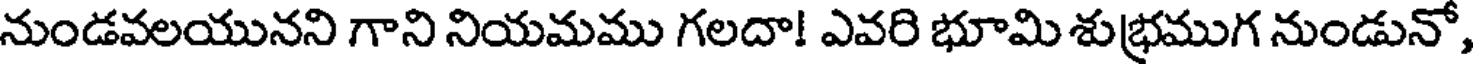
నుండవలయునని గాని నియమము గలదా! ఎవరి భూమి శుభ్రముగ నుండునో,